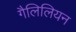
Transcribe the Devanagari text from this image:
गैलिलियन